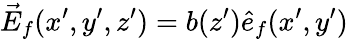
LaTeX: \vec{E}_{f}(x^{\prime},y^{\prime},z^{\prime})=b(z^{\prime})\hat{e}_{f}(x^{\prime},y^{\prime})